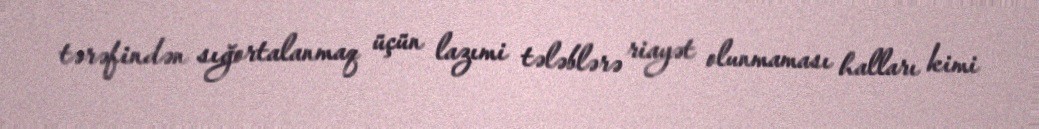
tərəfindən sığortalanmaq üçün lazımi tələblərə riayət olunmaması halları kimi